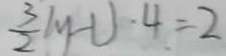
\frac { 3 } { 2 } ( y - 1 ) \cdot 4 = 2